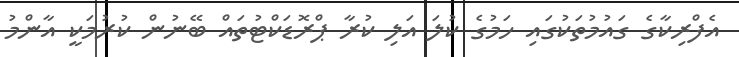
އެފްރިކާގެ ގައުމުތަކުގައި ހަމުގެ ކުލަ އަލި ކުރާ ޕްރޮޑަކްޓުތައް ބޭނުން ކުރުމަކީ އާންމު